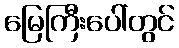
မြေကြီးပေါ်တွင်